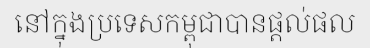
នៅក្នុងប្រទេសកម្ពុជាបានផ្តល់ផល